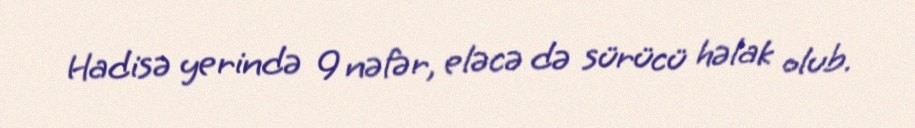
Hadisə yerində 9 nəfər, eləcə də sürücü həlak olub.